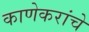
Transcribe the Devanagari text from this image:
काणेकरांचे